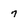
Character: 7